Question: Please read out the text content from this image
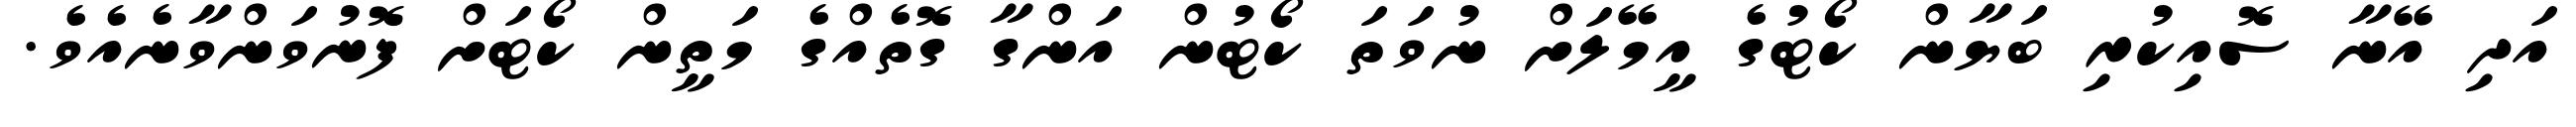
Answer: އަދި އޭނާ ސޮއިކުރި ބަޔާން ކޯޓުގެ އީމޭލަށް ނުވަތަ ކޯޓުން އަންގާ ގޮތެއްގެ މަތީން ކޯޓަށް ފޮނުވަންވާނެއެވެ.